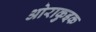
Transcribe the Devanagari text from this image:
ओराकुइक